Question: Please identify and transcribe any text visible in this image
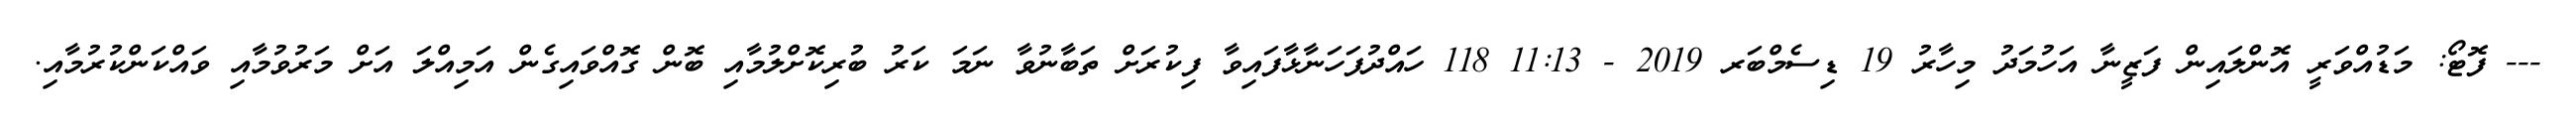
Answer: --- ފޮޓޯ: މަޑުއްވަރީ އޮންލައިން ފަޒީނާ އަހުމަދު މިހާރު 19 ޑިސެމްބަރ 2019 - 11:13 118 ހައްދުފަހަނާޅާފައިވާ ފިކުރަށް ތަބާނުވާ ނަމަ ކަރު ބުރިކޮށްލުމާއި ބޮން ގޮއްވައިގެން އަމިއްލަ އަށް މަރުވުމާއި ވައްކަންކުރުމާއި.